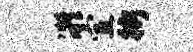
凝室街